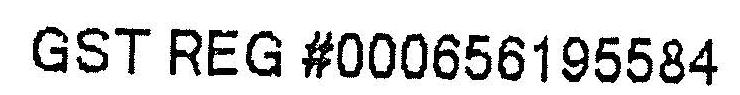
GST REG #000656195584